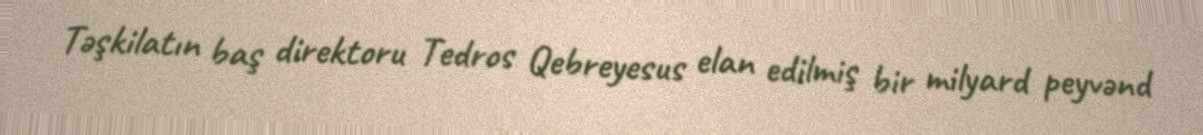
Təşkilatın baş direktoru Tedros Qebreyesus elan edilmiş bir milyard peyvənd